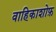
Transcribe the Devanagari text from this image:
वाहिकाशोफ़